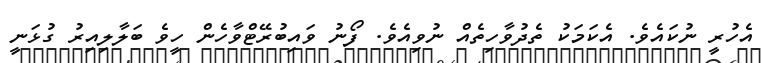
އެހުރީ ނުކައެވެ. އެކަމަކު ތެދުވާހިތެއް ނުވިއެވެ. ފޯނު ވައިބުރޭޓްވާހެން ހީވެ ބަލާލިއިރު ގުޅަނީ